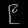
Digit: ၉